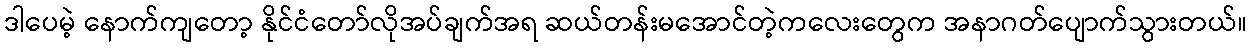
ဒါပေမဲ့ နောက်ကျတော့ နိုင်ငံတော်လိုအပ်ချက်အရ ဆယ်တန်းမအောင်တဲ့ကလေးတွေက အနာဂတ်ပျောက်သွားတယ်။